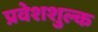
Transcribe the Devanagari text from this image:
प्रवेशशुल्क